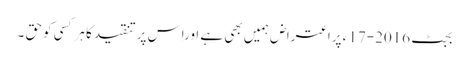
بجٹ 2016-17 ء پراعتراض ہمیں بھی ہے اوراِس پرتنقیدکا ہرکسی کوحق ۔